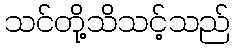
သင်တို့သိသင့်သည်